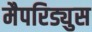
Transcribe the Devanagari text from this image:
मैपरिड्युस